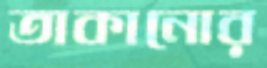
তাকানোর